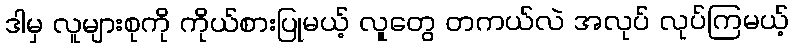
ဒါမှ လူများစုကို ကိုယ်စားပြုမယ့် လူတွေ တကယ်လဲ အလုပ် လုပ်ကြမယ့်